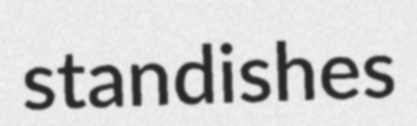
standishes